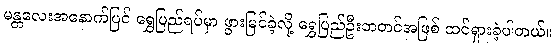
မန္တလေးအနောက်ပြင် ရွှေပြည်ရပ်မှာ ဖွားမြင်ခဲ့လို့ ရွှေပြည်ဦးဘတင်အဖြစ် ထင်ရှားခဲ့ပါတယ်။